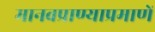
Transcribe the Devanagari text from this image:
मानवप्राण्याप्रमाणें